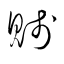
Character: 賤